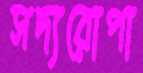
সদ্যরোপা